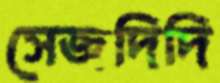
সেজদিদি